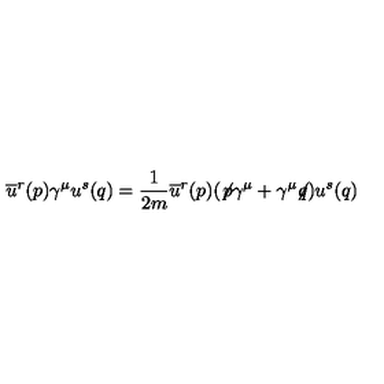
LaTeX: \overline { { u } } ^ { r } ( p ) \gamma ^ { \mu } u ^ { s } ( q ) = \frac { 1 } { 2 m } \overline { { u } } ^ { r } ( p ) ( \not { \! p } \gamma ^ { \mu } + \gamma ^ { \mu } \! \! \not { \! q } ) u ^ { s } ( q )